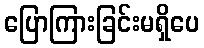
ပြောကြားခြင်းမရှိပေ